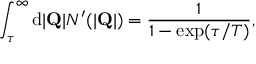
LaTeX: \int _ { \tau } ^ { \infty } \mathrm { d } | { \bf Q } | N ^ { \prime } ( | { \bf Q } | ) = \frac { 1 } { 1 - \mathrm { e x p } ( \tau / T ) } ,